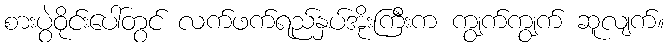
စားပွဲဝိုင်းပေါ်တွင် လက်ဖက်ရည်နှပ်အိုးကြီးက ကျွက်ကျွက် ဆူလျက်။